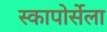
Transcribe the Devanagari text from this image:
स्कापोर्सेला